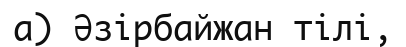
а) Әзірбайжан тілі,